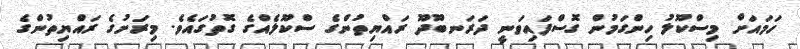
ހަމައަށް މިސްކޫލު ހިންގަމުން ގޮސްފައިވަނީ ދަރަނބޫދޫ ރައްޔިތުންގެ ސްކޫލެއްގެ ގޮތުގައެވެ. މިރަށުގެ ރައްޔިތުންގެ